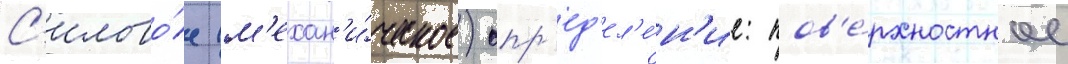
С'илово́е (м'ехан'и́ческое) опр'ед'ел'е́н'ие: пов'е́рхностное